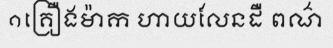
១គ្រឿងម៉ាក ហាយលែនដឺ ពណ៌